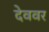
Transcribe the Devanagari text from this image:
देववर